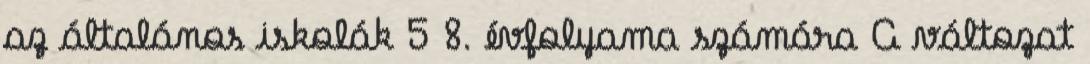
az általános iskolák 5 8. évfolyama számára A változat